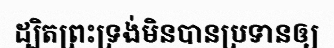
ដ្បិតព្រះទ្រង់មិនបានប្រទានឲ្យ